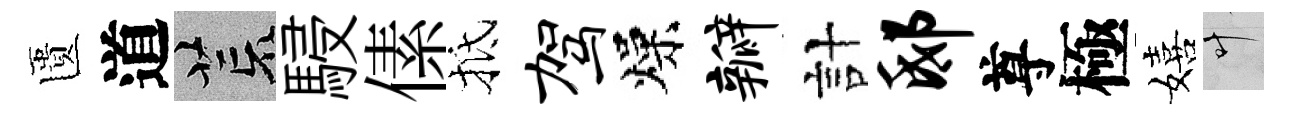
匱道荒駸傃抵驾燥瓣計邸尊極嬉叶